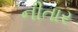
નીતાર